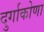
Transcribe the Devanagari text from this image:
दुर्गाकोणा